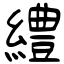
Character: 䌡